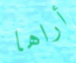
أراها